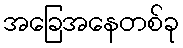
အခြေအနေတစ်ခု